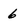
Character: 6